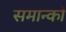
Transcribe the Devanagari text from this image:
समान्को